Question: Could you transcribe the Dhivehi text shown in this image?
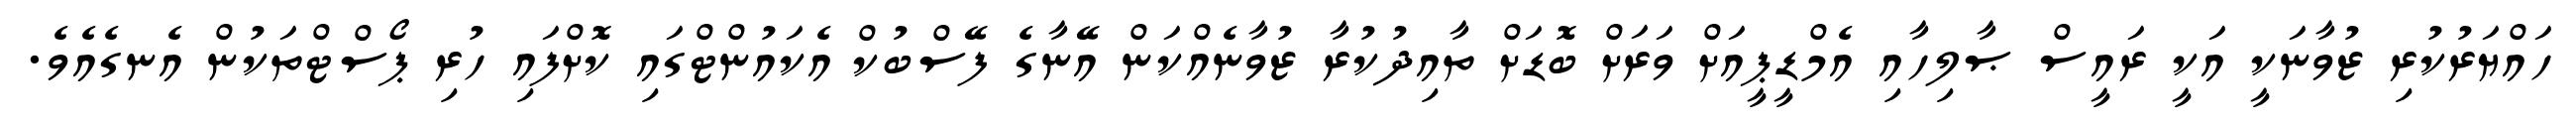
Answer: ހައްޔަރުކުރި ޒުވާނަކީ އަކީ ރައީސް ޞާލިހާއި އެމްޑީޕީއަށް ވަރަށް ބޮޑަށް ތާއިދުކުރާ ޒުވާނެއްކަން އޭނާގެ ފޭސްބުކް އެކައުންޓްގައި ކޮށްފައި ހުރި ޕޯސްޓްތަކުން އެނގެއެވެ.